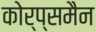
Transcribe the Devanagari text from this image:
कोर्प्समैन